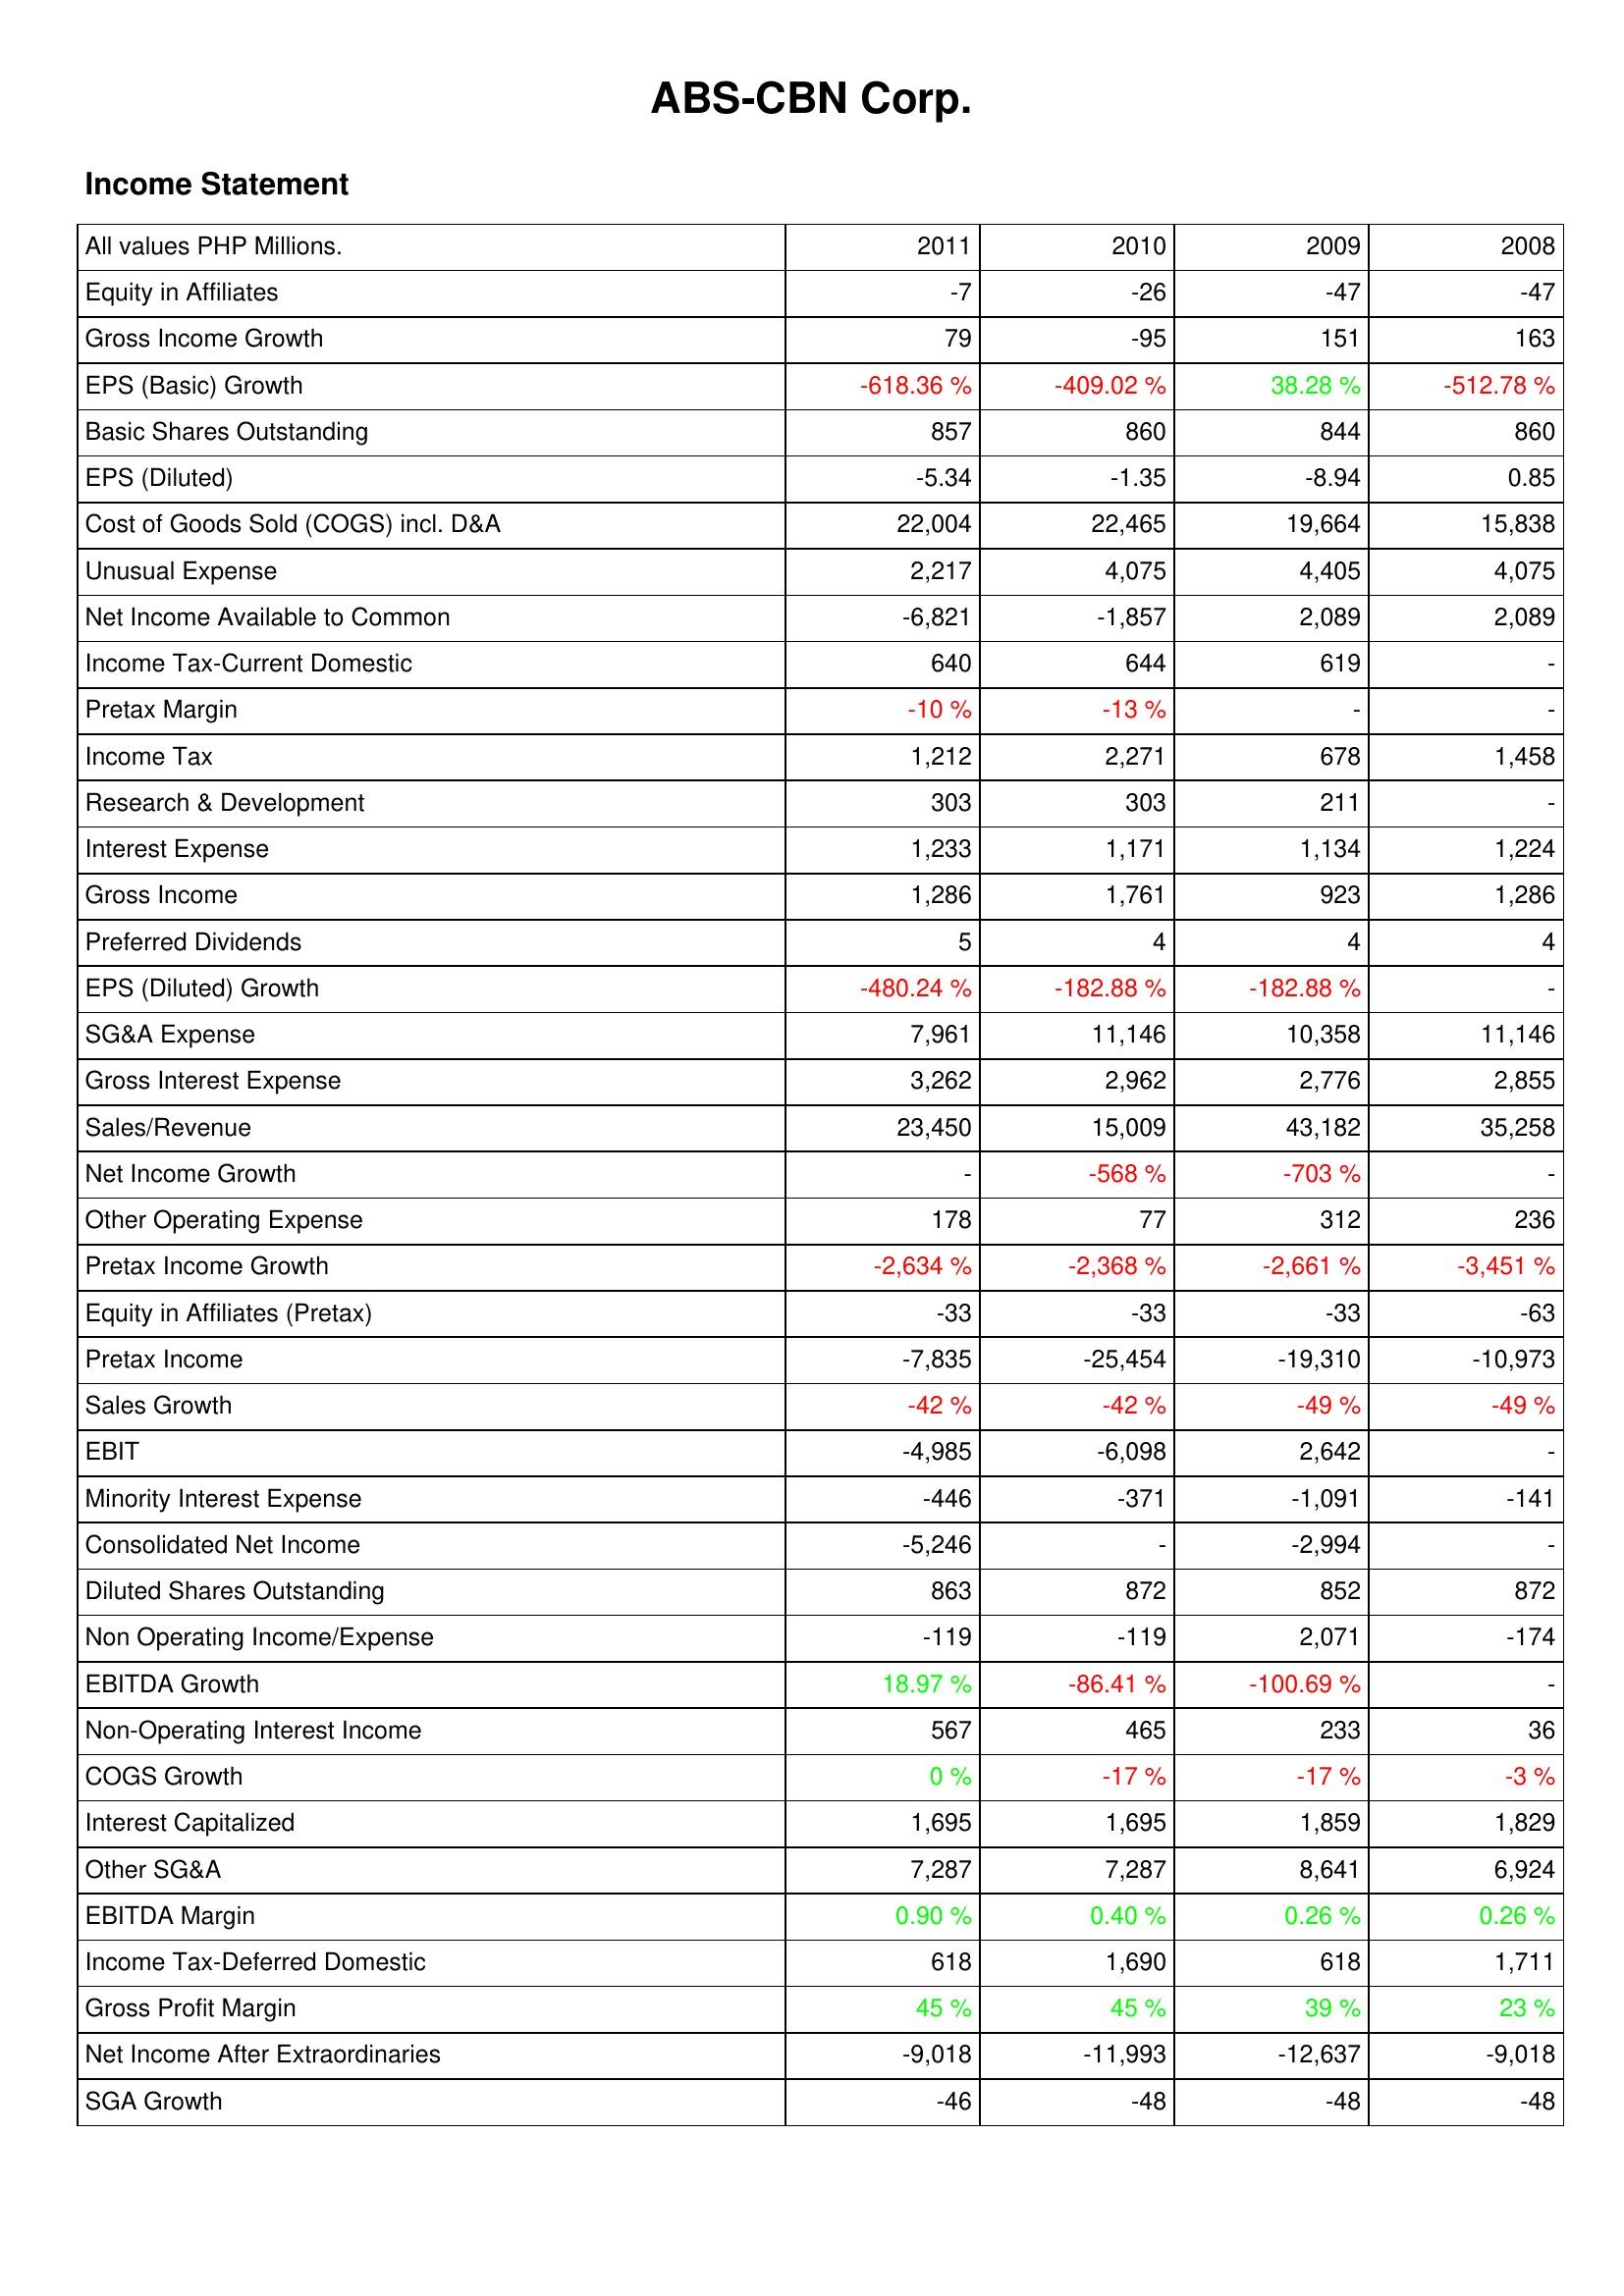
2011: Income Statement: Equity in Affiliates: -7
Gross Income Growth: 79
EPS (Basic) Growth: -618.36 %
Basic Shares Outstanding: 857
EPS (Diluted): -5.34
Cost of Goods Sold (COGS) incl. D&A: 22,004
Unusual Expense: 2,217
Net Income Available to Common: -6,821
Income Tax-Current Domestic: 640
Pretax Margin: -10 %
Income Tax: 1,212
Research & Development: 303
Interest Expense: 1,233
Gross Income: 1,286
Preferred Dividends: 5
EPS (Diluted) Growth: -480.24 %
SG&A Expense: 7,961
Gross Interest Expense: 3,262
Sales/Revenue: 23,450
Net Income Growth: -
Other Operating Expense: 178
Pretax Income Growth: -2,634 %
Equity in Affiliates (Pretax): -33
Pretax Income: -7,835
Sales Growth: -42 %
EBIT: -4,985
Minority Interest Expense: -446
Consolidated Net Income: -5,246
Diluted Shares Outstanding: 863
Non Operating Income/Expense: -119
EBITDA Growth: 18.97 %
Non-Operating Interest Income: 567
COGS Growth: 0 %
Interest Capitalized: 1,695
Other SG&A: 7,287
EBITDA Margin: 0.90 %
Income Tax-Deferred Domestic: 618
Gross Profit Margin: 45 %
Net Income After Extraordinaries: -9,018
SGA Growth: -46
2010: Income Statement: Equity in Affiliates: -26
Gross Income Growth: -95
EPS (Basic) Growth: -409.02 %
Basic Shares Outstanding: 860
EPS (Diluted): -1.35
Cost of Goods Sold (COGS) incl. D&A: 22,465
Unusual Expense: 4,075
Net Income Available to Common: -1,857
Income Tax-Current Domestic: 644
Pretax Margin: -13 %
Income Tax: 2,271
Research & Development: 303
Interest Expense: 1,171
Gross Income: 1,761
Preferred Dividends: 4
EPS (Diluted) Growth: -182.88 %
SG&A Expense: 11,146
Gross Interest Expense: 2,962
Sales/Revenue: 15,009
Net Income Growth: -568 %
Other Operating Expense: 77
Pretax Income Growth: -2,368 %
Equity in Affiliates (Pretax): -33
Pretax Income: -25,454
Sales Growth: -42 %
EBIT: -6,098
Minority Interest Expense: -371
Consolidated Net Income: -
Diluted Shares Outstanding: 872
Non Operating Income/Expense: -119
EBITDA Growth: -86.41 %
Non-Operating Interest Income: 465
COGS Growth: -17 %
Interest Capitalized: 1,695
Other SG&A: 7,287
EBITDA Margin: 0.40 %
Income Tax-Deferred Domestic: 1,690
Gross Profit Margin: 45 %
Net Income After Extraordinaries: -11,993
SGA Growth: -48
2009: Income Statement: Equity in Affiliates: -47
Gross Income Growth: 151
EPS (Basic) Growth: 38.28 %
Basic Shares Outstanding: 844
EPS (Diluted): -8.94
Cost of Goods Sold (COGS) incl. D&A: 19,664
Unusual Expense: 4,405
Net Income Available to Common: 2,089
Income Tax-Current Domestic: 619
Pretax Margin: -
Income Tax: 678
Research & Development: 211
Interest Expense: 1,134
Gross Income: 923
Preferred Dividends: 4
EPS (Diluted) Growth: -182.88 %
SG&A Expense: 10,358
Gross Interest Expense: 2,776
Sales/Revenue: 43,182
Net Income Growth: -703 %
Other Operating Expense: 312
Pretax Income Growth: -2,661 %
Equity in Affiliates (Pretax): -33
Pretax Income: -19,310
Sales Growth: -49 %
EBIT: 2,642
Minority Interest Expense: -1,091
Consolidated Net Income: -2,994
Diluted Shares Outstanding: 852
Non Operating Income/Expense: 2,071
EBITDA Growth: -100.69 %
Non-Operating Interest Income: 233
COGS Growth: -17 %
Interest Capitalized: 1,859
Other SG&A: 8,641
EBITDA Margin: 0.26 %
Income Tax-Deferred Domestic: 618
Gross Profit Margin: 39 %
Net Income After Extraordinaries: -12,637
SGA Growth: -48
2008: Income Statement: Equity in Affiliates: -47
Gross Income Growth: 163
EPS (Basic) Growth: -512.78 %
Basic Shares Outstanding: 860
EPS (Diluted): 0.85
Cost of Goods Sold (COGS) incl. D&A: 15,838
Unusual Expense: 4,075
Net Income Available to Common: 2,089
Income Tax-Current Domestic: -
Pretax Margin: -
Income Tax: 1,458
Research & Development: -
Interest Expense: 1,224
Gross Income: 1,286
Preferred Dividends: 4
EPS (Diluted) Growth: -
SG&A Expense: 11,146
Gross Interest Expense: 2,855
Sales/Revenue: 35,258
Net Income Growth: -
Other Operating Expense: 236
Pretax Income Growth: -3,451 %
Equity in Affiliates (Pretax): -63
Pretax Income: -10,973
Sales Growth: -49 %
EBIT: -
Minority Interest Expense: -141
Consolidated Net Income: -
Diluted Shares Outstanding: 872
Non Operating Income/Expense: -174
EBITDA Growth: -
Non-Operating Interest Income: 36
COGS Growth: -3 %
Interest Capitalized: 1,829
Other SG&A: 6,924
EBITDA Margin: 0.26 %
Income Tax-Deferred Domestic: 1,711
Gross Profit Margin: 23 %
Net Income After Extraordinaries: -9,018
SGA Growth: -48